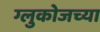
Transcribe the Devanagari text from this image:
ग्लुकोजच्या